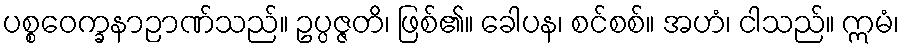
ပစ္စဝေက္ခနာဉာဏ်သည်။ ဥပ္ပဇ္ဇတိ၊ ဖြစ်၏။ ခေါပန၊ စင်စစ်။ အဟံ၊ ငါသည်။ ဣမံ၊